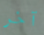
آخر